Vital statistics of India. Vol. IV, Annual returns from 1871 to 1876. British Army of India, Native Army and jails of Bengal
Year: 1871
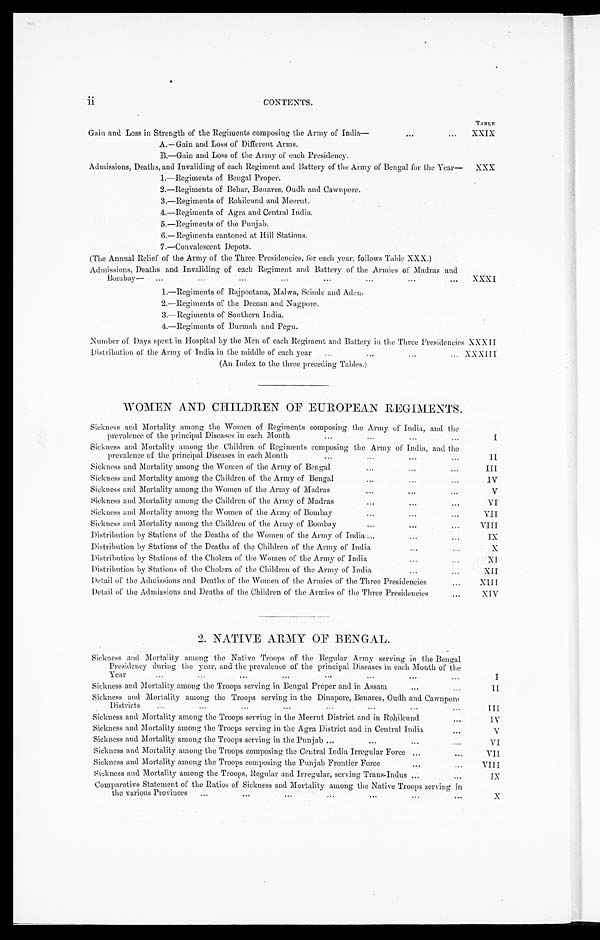
CONTENTS.
TABLE
Gain and Loss in Strength of the Regiments composing the Army of India—
. . .
...
XXIX
A.—Gain and Loss of Different Arms.
B.—Gain and Loss of the Army of each Presidency.
Admissions, Deaths, and Invaliding of each Regiment and Battery of the Army of Bengal for the Year—
XXX
1.—Regiments of Bengal Proper.
2.—Regiments of Behar, Benares, Oudh and Cawnpore.
3.—Regiments of Rohilcund and Meerut.
4.—Regiments of Agra and Central India.
5.—Regiments of the Punjab.
6.—Regiments cantoned at Hill Stations.
7.—Convalescent Depots.
(The Annual Relief of the Army of the Three Presidencies, for each year, follows Table XXX.)
Admissions, Deaths and Invaliding of each Regiment and Battery of the Armies of Madras and
Bombay—... . . .
. . .
. . .
. . .
XXXI
1.—Regiments of Rajpootana, Malwa, Scinde and Aden.
2 . — R e g i m e n t s o f t h e D e c c a n a n d N a g p o r e .
3.—Regiments of Southern India.
4.—Regiments of Burmah and Pegu.
Number of Days spent in Hospital by the Men of each Regiment and Battery in the Three Presidencies
Distribution of the Army of India in the middle of each year
...
. . .
. . .
. . .
XXX II
XXXIII
(An Index to the three preceding Tables.)
WOMEN AND CHILDREN OF EUROPEAN REGIMENTS.
Sickness and Mortality among the Women of Regiments composing the Army of India, and the
prevalence of the principal Diseases in each Month
...
. . .
. . .
...
I
Sickness and Mortality among the Children of Regiments composing the Army of India, and the
prevalence of the principal Diseases in each Month... . . .
. . .
. . .
II
Sickness and Mortality among the Women of the Army of Bengal
...
...
...
III
Sickness and Mortality among the Children of the Army of Bengal
...
...
...
I V
Sickness and Mortality among the Women of the Army of Madras
... ... ...
V
Sickness and Mortality among the Children of the Army of Madras
...
...
...
VI
Sickness and Mortality among the Women of the Army of Bombay
...
...
...
VII
Sickness and Mortality among the Children of the Army of Bombay
...
... ...
VIII
Distribution by Stations of the Deaths of the Women of the Army of India
. . .
... ...
IX
Distribution by Stations of the Deaths of the Children of the Army of India
..
.
. . .
...
X
Distribution by Stations of the Cholera of the Women of the Army of India
. . .
... ...
XI
Distribution by Stations of the Cholera of the Children of the Army of India
. . .
... ...
X I I
Detail of the Admissions and Deaths of the Women of the Armies of the Three Presidencies
...
XIII
Detail of the Admissions and Deaths of the Children of the Armies of the Three Presidencies
...
XIV
2. NATIVE ARMY OF BENGAL.
Sickness and Mortality among the Native Troops of the Regular Army serving in the Bengal
Presidency during the year, and the prevalence of the principal Diseases in each Month of the
Year
...
...
...
. . .
. . .
. . .
. . .
I
Sickness and Mortality among the Troops serving in Bengal Proper and in Assam
...
...
II
Sickness and Mortality among the Troops serving in the Dinapore, Benares, Oudh and Cawnpore
Districts
...
...
...
...
. . .
. . .
III
Sickness and Mortality among the Troops serving in the Meerut District and in Rohilcund
...
I V
Sickness and Mortality among the Troops serving in the Agra District and in Central India
...
V
Sickness and Mortality among the Troops serving in the Punjab ...
... ... ...
V I
Sickness and Mortality among the Troops composing the Central India Irregular Force
...
...
VII
Sickness and Mortality among the Troops composing the Punjab Frontier Force
...
...
VIII
Sickness and Mortality among the Troops, Regular and Irregular, serving Trans-Indus . . .
...
I X
Comparative Statement of the Ratios of Sickness and Mortality among the Native Troops serving in
the various Provinces
...
. . .
..
.
. . .
. . .
. . .
. . .
X